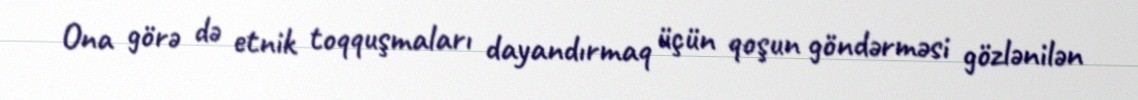
Ona görə də etnik toqquşmaları dayandırmaq üçün qoşun göndərməsi gözlənilən